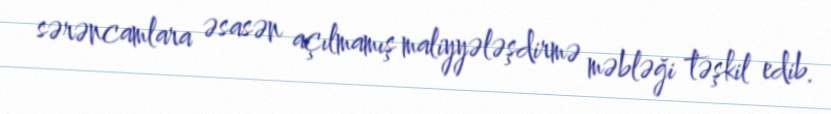
sərəncamlara əsasən açılmamış maliyyələşdirmə məbləği təşkil edib.